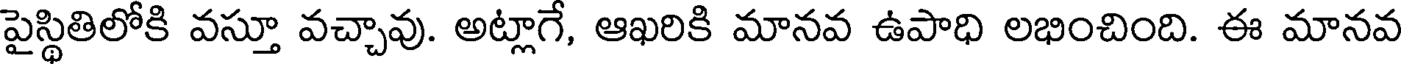
పైస్థితిలోకి వస్తూ వచ్చావు. అట్లాగే, ఆఖరికి మానవ ఉపాధి లభించింది. ఈ మానవ